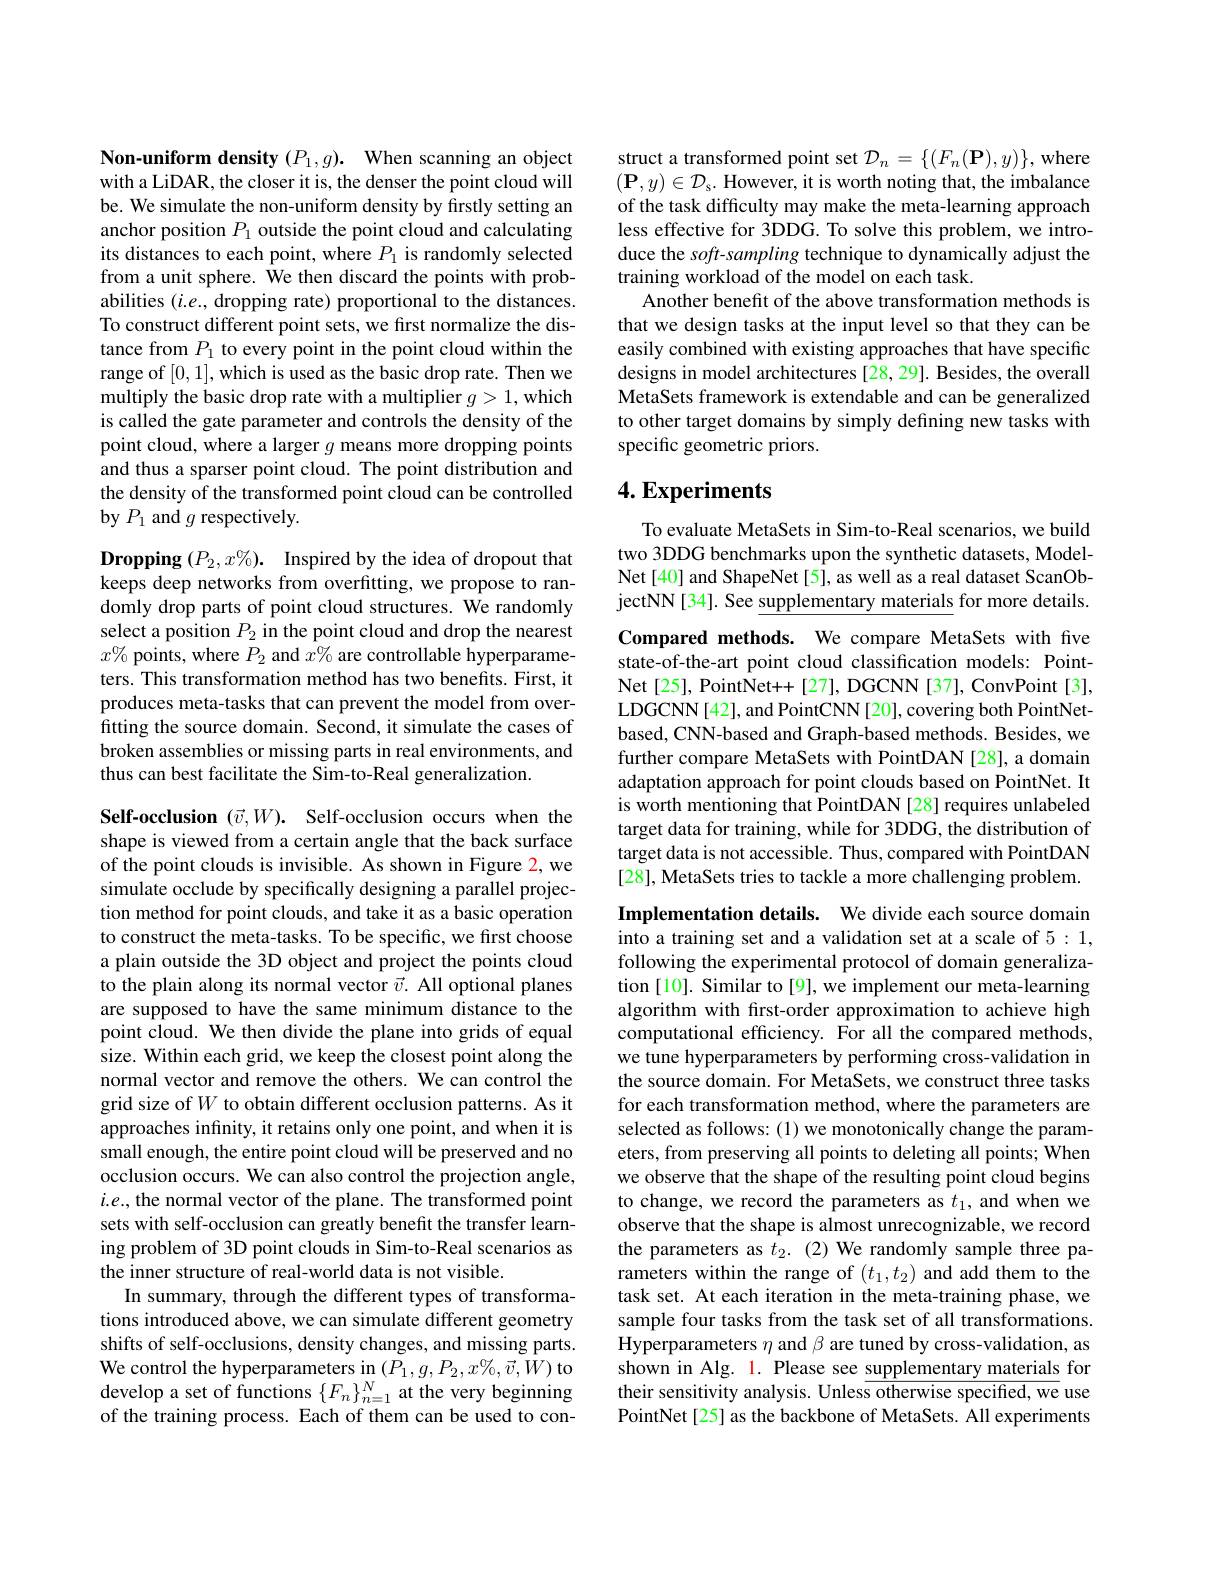
Non-uniform density $(P_1,g).$ When scanning an object with a LiDAR, the closer it is, the denser the point cloud will be. We simulate the non-uniform density by firstly setting an anchor position $P_1$ outside the point cloud and calculating its distances to each point, where $P_1$ is randomly selected from a unit sphere. We then discard the points with probabilities $(i.e.$, dropping rate) proportional to the distances. To construct different point sets, we first normalize the distance from $P_1$ to every point in the point cloud within the range of [0,1],which is used as the basic drop rate. Then we multiply the basic drop rate with a multiplier $g>1$,which is called the gate parameter and controls the density of the point cloud, where a larger $g$ means more dropping points and thus a sparser point cloud. The point distribution and the density of the transformed point cloud can be controlled by $P_{1}$ and $g$ respectively

Dropping $( P_2, x\% ) .$ Inspired by the idea of dropout that keeps deep networks from overfitting, we propose to randomly drop parts of point cloud structures. We randomly select a position $P_2$ in the point cloud and drop the nearest $x\%\hat{\text{ points, where }P_2}$ and $\hat x\%$ are controllable hyperparameters. This transformation method has two benefits. First, it produces meta-tasks that can prevent the model from overfitting the source domain. Second, it simulate the cases of broken assemblies or missing parts in real environments, and thus can best facilitate the Sim-to-Real generalization.

Self-occlusion $( \vec{v} , W) .$ Self-occlusion occurs when the shape is viewed from a certain angle that the back surface of the point clouds is invisible. As shown in Figure 2, we simulate occlude by specifically designing a parallel projection method for point clouds, and take it as a basic operation to construct the meta-tasks. To be specific, we first choose a plain outside the 3D object and project the points cloud to the plain along its normal vector $\vec{v}.$ All optional planes are supposed to have the same minimum distance to the point cloud. We then divide the plane into grids of equal size. Within each grid, we keep the closest point along the normal vector and remove the others. We can control the grid size of $W$ to obtain different occlusion patterns. As it approaches infinity, it retains only one point, and when it is small enough, the entire point cloud will be preserved and no occlusion occurs. We can also control the projection angle, $i.e.$, the normal vector of the plane. The transformed point sets with self-occlusion can greatly benefit the transfer learning problem of 3D point clouds in Sim-to-Real scenarios as the inner structure of real-world data is not visible.
In summary, through the different types of transformations introduced above, we can simulate different geometry shifts of self-occlusions, density changes, and missing parts. We control the hyperparameters in $(P_1,g,P_2,x\%,\vec{v},W)$ to develop a set of functions $\{F_{n}\}_{n=1}^{N}$ at the very beginning of the training process. Each of them can be used to con-

struct a transformed point set $\mathcal{D}_n=\{(F_n(\mathbf{P}),y)\}$, where $( \mathbf{P} , y) \in \mathcal{D} _{\mathrm{s} }.$ However, it is worth noting that, the imbalance of the task difficulty may make the meta-learning approach less effective for 3DDG. To solve this problem, we introduce the soft-sampling technique to dynamically adjust the training workload of the model on each task.
Another benefit of the above transformation methods is that we design tasks at the input level so that they can be easily combined with existing approaches that have specific designs in model architectures [28, 29]. Besides, the overall MetaSets framework is extendable and can be generalized to other target domains by simply defining new tasks with specific geometric priors.

## $4. \textbf{Experiments}$

To evaluate MetaSets in Sim-to-Real scenarios, we build two 3DDG benchmarks upon the synthetic datasets, ModelNet[40] and ShapeNet[5], as well as a real dataset ScanObjectNN[34]. See supplementary materials for more details.

Compared methods. We compare MetaSets with five state-of-the-art point cloud classification models: PointNet [ 25] , PointNet+ + [ 27] , DGCNN [ 37] , ConvPoint [ 3] , LDGCNN[42], and PointCNN[20], covering both PointNetbased, CNN-based and Graph-based methods. Besides, we further compare MetaSets with PointDAN [28], a domain adaptation approach for point clouds based on PointNet. It is worth mentioning that PointDAN [28] requires unlabeled target data for training, while for 3DDG, the distribution of target data is not accessible. Thus, compared with PointDAN [28], MetaSets tries to tackle a more challenging problem.

Implementation details. We divide each source domain into a training set and a validation set at a scale of 5: 1, following the experimental protocol of domain generalization [10]. Similar to [9], we implement our meta-learning algorithm with first-order approximation to achieve high computational efficiency. For all the compared methods, we tune hyperparameters by performing cross-validation in the source domain. For MetaSets, we construct three tasks for each transformation method, where the parameters are selected as follows: (1) we monotonically change the parameters, from preserving all points to deleting all points; When we observe that the shape of the resulting point cloud begins to change, we record the parameters as $t_1$, and when we observe that the shape is almost unrecognizable, we record the parameters as $t_2.$ (2)We randomly sample three parameters within the range of $(t_1,t_2)$ and add them to the task set. At each iteration in the meta-training phase, we sample four tasks from the task set of all transformations. Hyperparameters $\eta$ and β are tuned by cross-validation, as shown in Alg. 1. Please see supplementary materials for their sensitivity analysis. Unless otherwise specified, we use PointNet [25] as the backbone of MetaSets. All experiments